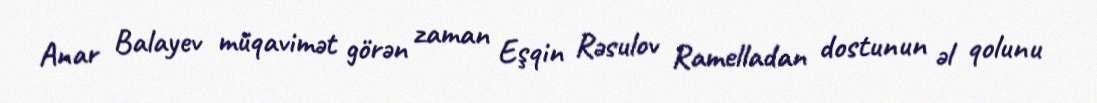
Anar Balayev müqavimət görən zaman Eşqin Rəsulov Ramelladan dostunun əl qolunu